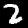
Label: 2